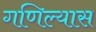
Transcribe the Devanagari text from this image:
गणिल्यास